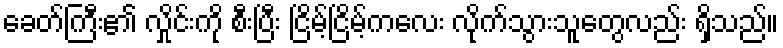
ခေတ်ကြီး၏ လှိုင်းကို စီးပြီး ငြိမ့်ငြိမ့်ကလေး လိုက်သွားသူတွေလည်း ရှိသည်။